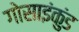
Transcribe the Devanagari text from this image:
गोसाइंकुंड